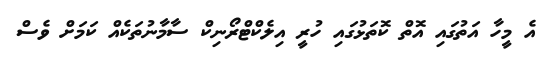
އެ މީހާ އަތުގައި އޮތް ކޮތަޅުގައި ހުރީ އިލެކްޓްރޯނިކް ސާމާނުތަކެއް ކަމަށް ވެސް